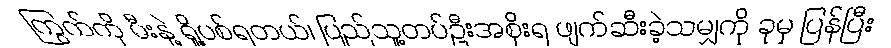
ကြွက်ကို မီးနဲ့ ရှို့ပစ်ရတယ်၊ ပြည်သူ့တပ်ဦးအစိုးရ ဖျက်ဆီးခဲ့သမျှကို ခုမှ ပြန်ပြီး